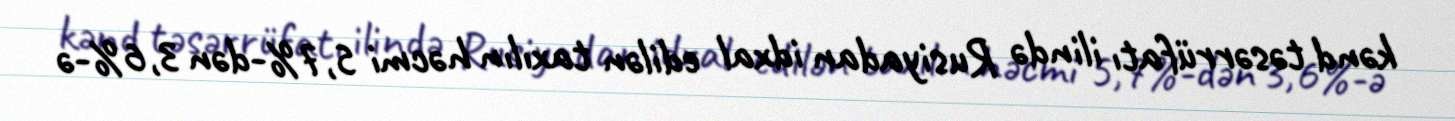
kənd təsərrüfatı ilində Rusiyadan idxal edilən taxılın həcmi 5,7%-dən 3,6%-ə